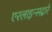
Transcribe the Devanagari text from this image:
एरलाइन्सद्वारे